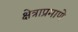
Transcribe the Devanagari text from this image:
क्षेत्राप्रमाणे